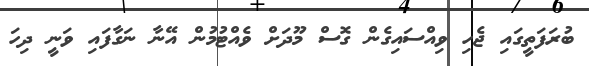
ބުރަފަތީގައި ޖެހި ވިއްސައިގެން ގޮސް މޫދަށް ވެއްޓުމުން އޭނާ ނަގާފައި ވަނީ ދިހަ